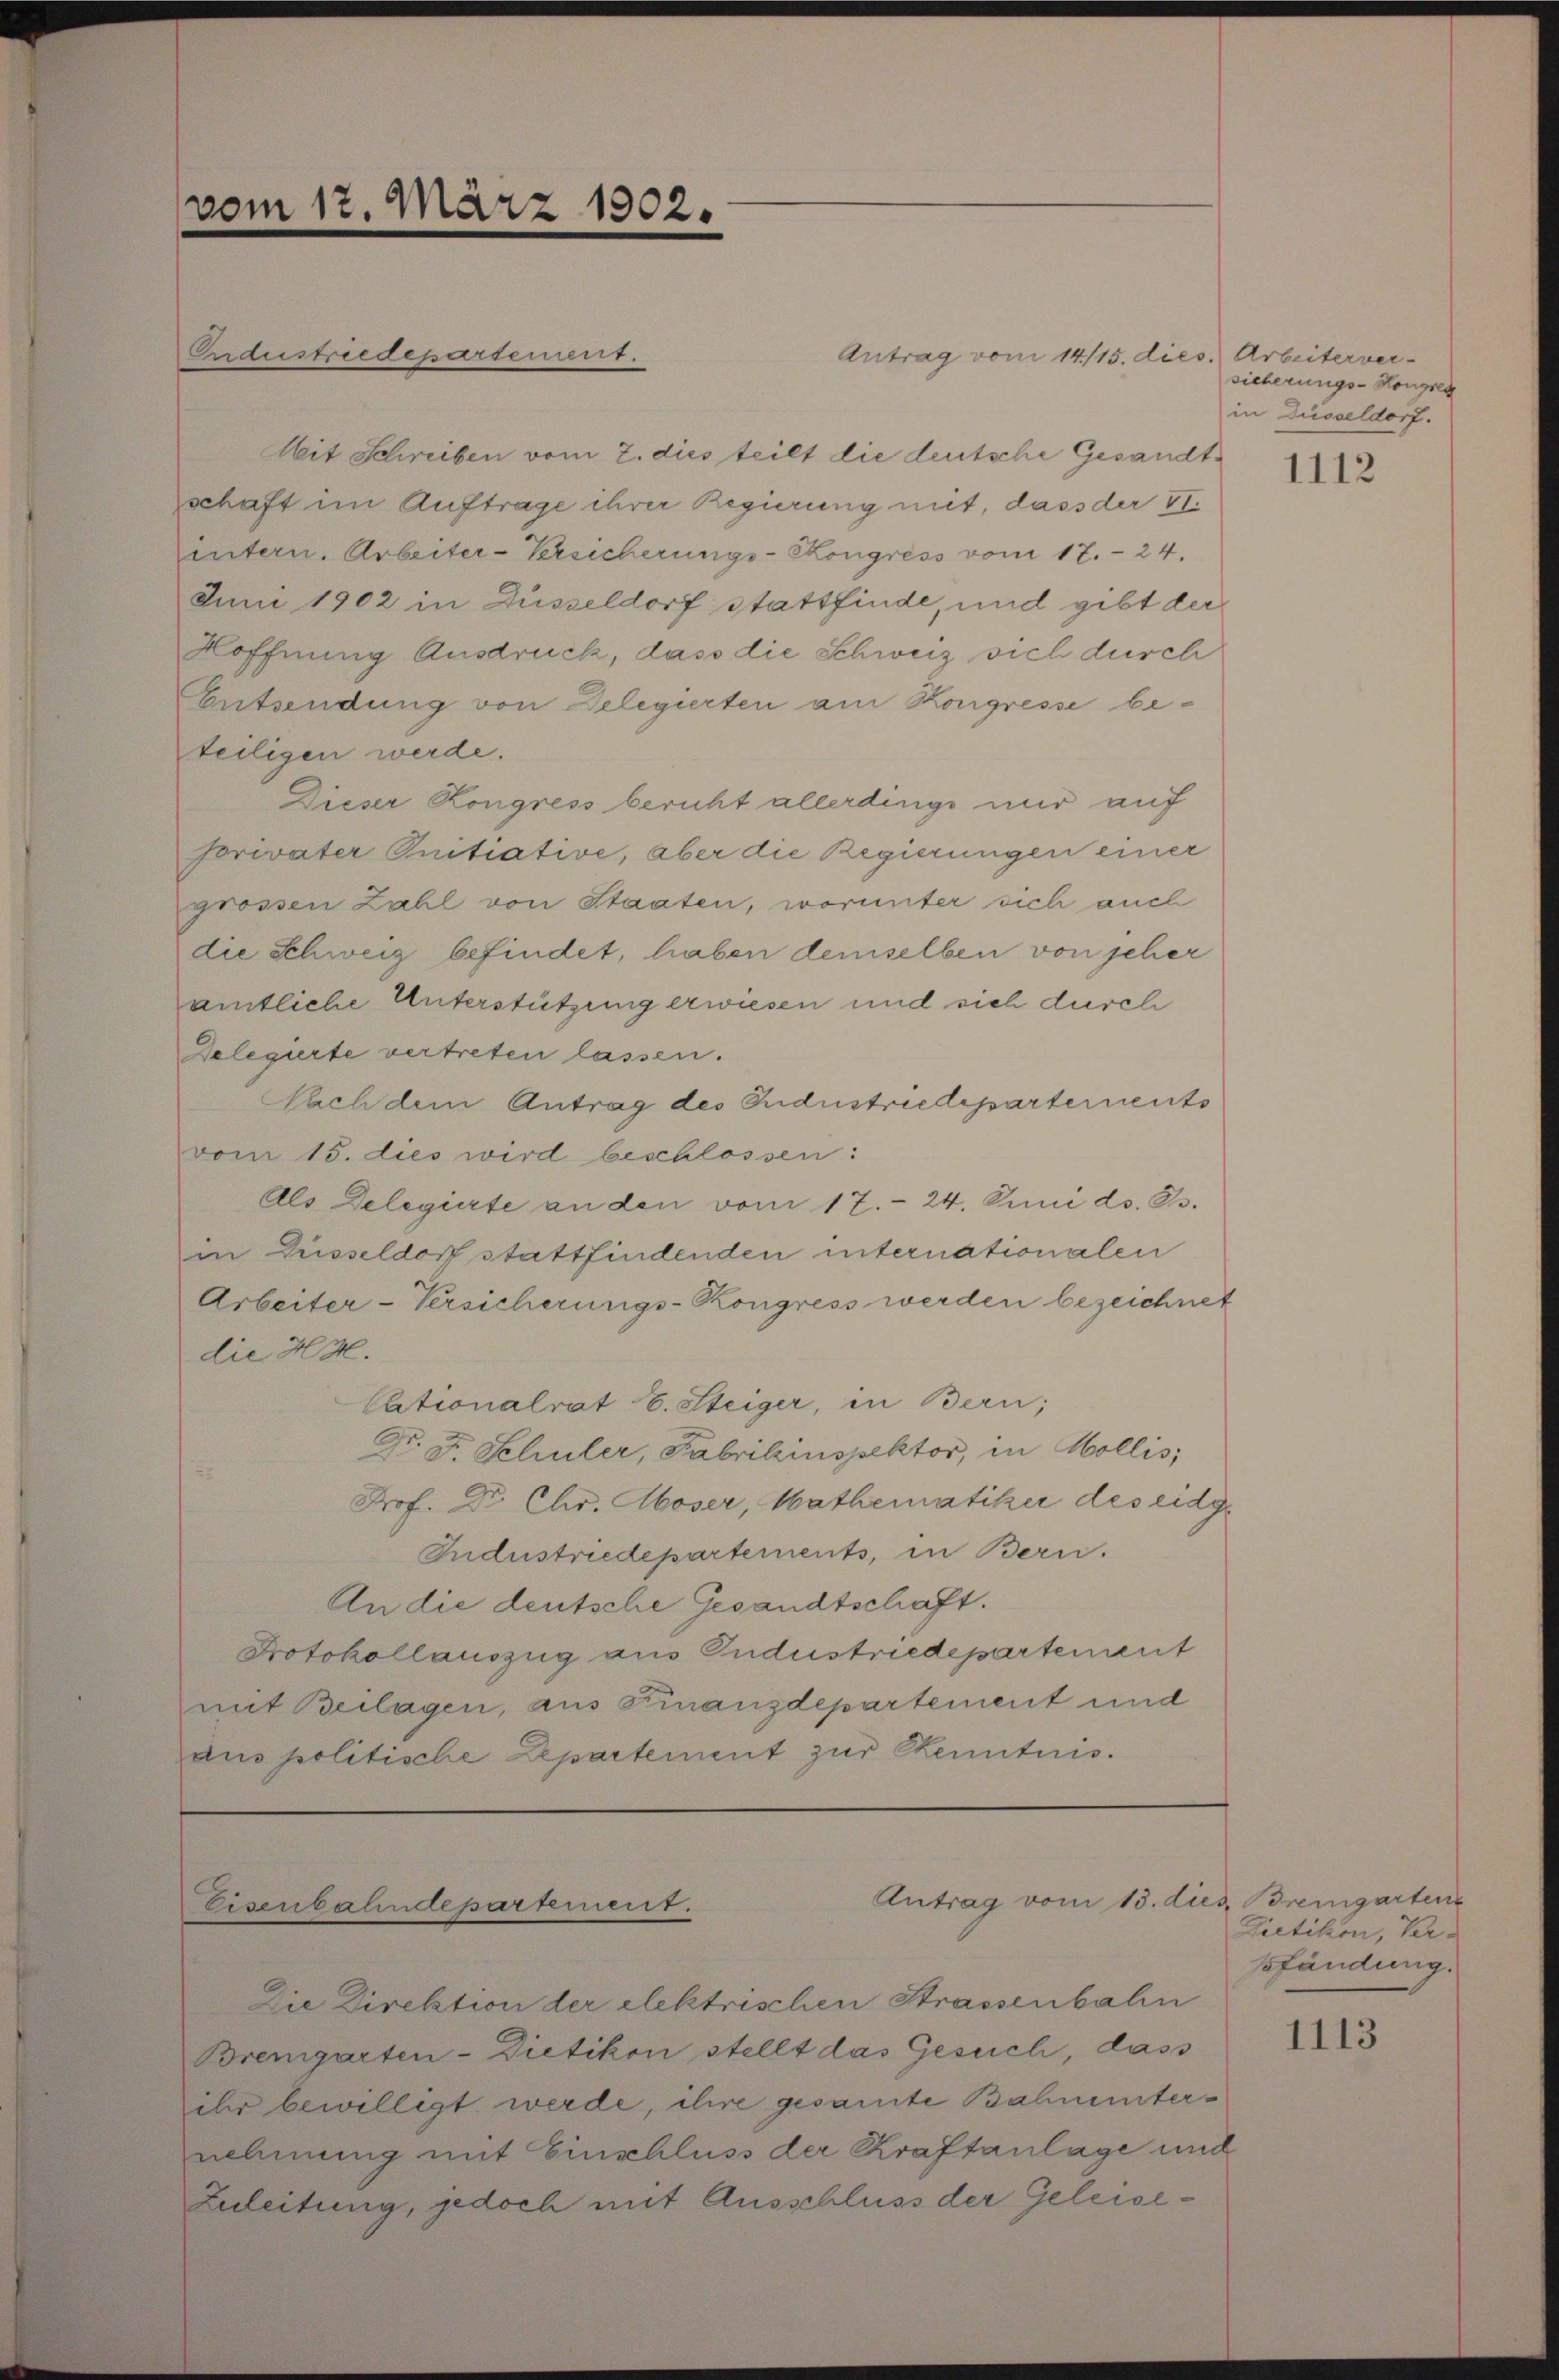
vom 17. März 1902.

Ondustriedepartement.
Antrag vom 14/15. dies. Arbeiterver-
Mit Schreiben vom 2. dies teilt die deutsche Gesandtschaft im Auftrage ihrer Regierung mit, dass der VI.
untern. Arbeiter-Versicherungs-Kongress vom 17. 24.
Juni 1902 in Düsseldorf stattfinde, und gibt der
Hoffnung Ausdruck, dass die Schweiz sich durch
Entsendung von Delegierten am Kongresse beteiligen werde.
Dieser Kongress bericht allerdings nur auf
forivater Initiative, aber die Regierungen einer
grossen Zahl von Staaten, worunter sich auch
die Schweiz befindet, haben demselben von jeher
amtliche Unterstützung erwiesen und sich durch
Delegierte vertreten lassen.
Nach dem Antrag des Industriedeparternents
vom 15. dies wird beschlossen:
Als Delegierte an den vom 17. 24. Juni ds. Bs.
in Disseldorf stattfindenden internationalen
Arbeiter-Versicherungs-Kongress werden bezeichnet
die H.H.
Cationalrat E. Steiger, in Bern;
Dr. F. Schuler, Fabrikinspektor, in Mollis,
Prof. Dr. Chr. Moser, Mathematiker des eidg.
Industriedepartements, in Bern.
An die deutsche Gesandtschaft.
Protokollauszug aus Industriedepartement
mit Beilagen, aus Finanzdepartement und
aus politische Departement zur Kenntnis.

Antrag vom 13. dies Bremgarten
Eisenbahndepartement.

Die Direktion der elektrischen Strassenbahn
Bremgarten-Dietikon stellt das Gesuch, dass
ihr bewilligt werde, ihre gesamte Bahnenternehmung mit Einschluss der Kraftanlage und
Zuleitung, jedoch mit Ausschluss der Geleise¬

sicherungs-Kongren
in Düsseldorf.

1112

Dietikon, Ver-
sfändung.

1113